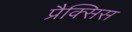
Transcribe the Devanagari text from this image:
प्रैक्सिस